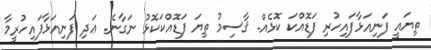
ތިޔައީ ފަނިއަޅާފައިހުރި ފަޑޮއްކަ ކޮޅެއް. ޤާސިމު ތިޔަ ފަޑޮއްކަކޮޅު ނަގާނެ. ޢަދި ފަނިއަޅާފައިހުރީމާ